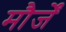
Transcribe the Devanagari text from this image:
मौर्जें